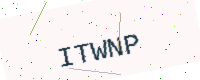
Text: ITWNP